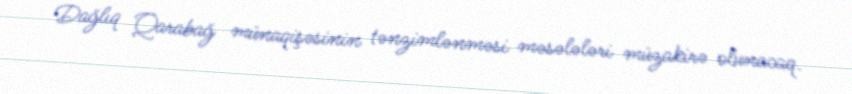
Dağlıq Qarabağ münaqişəsinin tənzimlənməsi məsələləri müzakirə olunacaq.